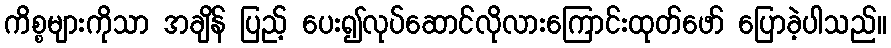
ကိစ္စများကိုသာ အချိန် ပြည့် ပေး၍လုပ်ဆောင်လိုလားကြောင်းထုတ်ဖော် ပြောခဲ့ပါသည်။